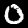
Label: 0